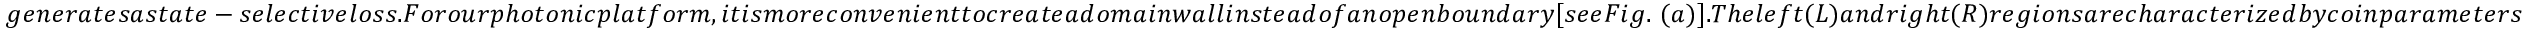
g e n e r a t e s a s t a t e - s e l e c t i v e l o s s . F o r o u r p h o t o n i c p l a t f o r m , i t i s m o r e c o n v e n i e n t t o c r e a t e a d o m a i n w a l l i n s t e a d o f a n o p e n b o u n d a r y [ s e e F i g . ~ ( a ) ] . T h e l e f t ( L ) a n d r i g h t ( R ) r e g i o n s a r e c h a r a c t e r i z e d b y c o i n p a r a m e t e r s